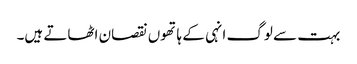
بہت سے لوگ انہی کے ہاتھوں نقصان اٹھاتے ہیں۔